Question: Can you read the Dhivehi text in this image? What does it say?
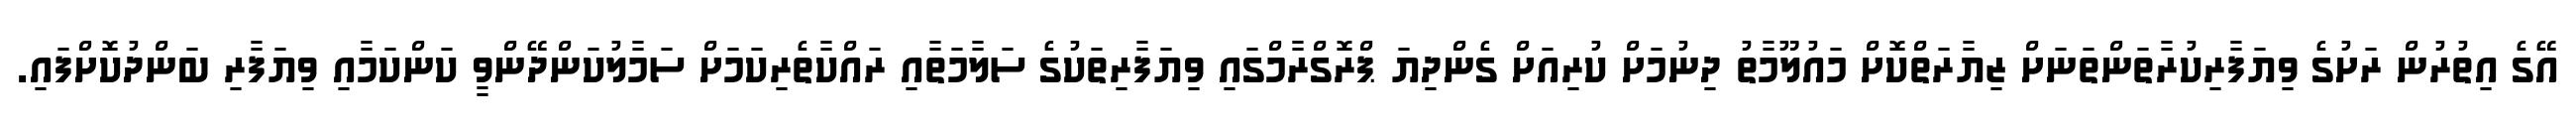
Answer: އޭގެ އިތުރުން ރަށުގެ ވިޔަފާރިކުރާތަންތަނަށް ޒިޔާރަތްކޮށް މައުލޫމާތު ދިނުމަށް ކުރިއަށް ގެންދިޔަ ޕްރޮގްރާމްގައި ވިޔަފާރިތަކުގެ ސަލާމަތާއި ރައްކާތެރިކަމަށް ސަމާލުކަންދޭންވީ ކަންކަމާއި ވިޔަފާރި ބަންދުކޮށްފައި.